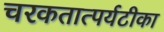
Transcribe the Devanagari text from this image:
चरकतात्पर्यटीका